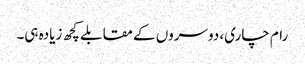
رام چاری، دوسروں کے مقابلے کچھ زیادہ ہی۔